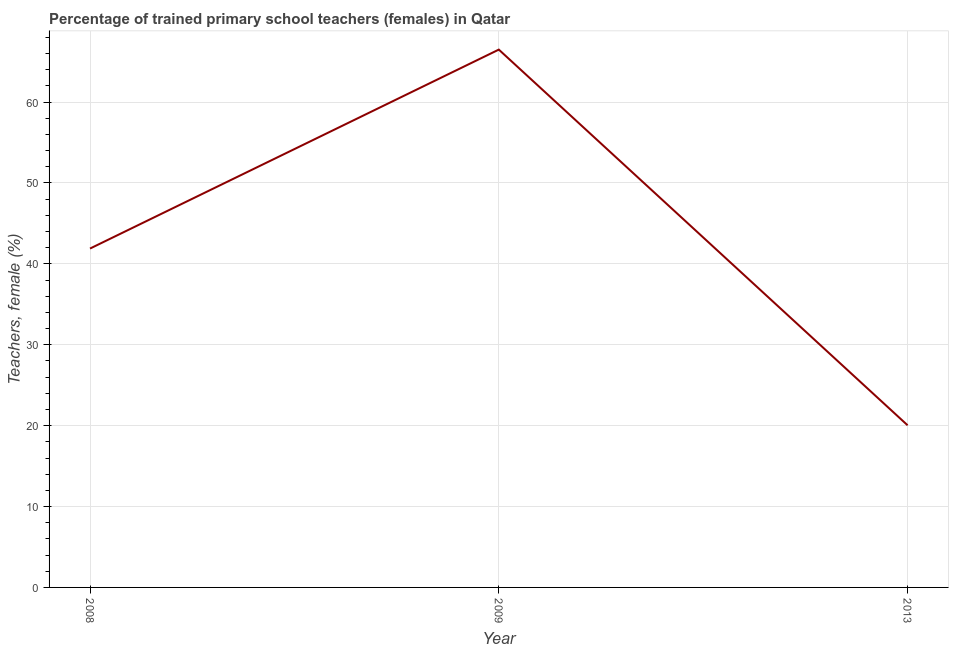
| Year | Trained teachers female |
 | --- | --- |
 | 2008 | 41.9 |
 | 2009 | 66.5 |
 | 2013 | 20 |